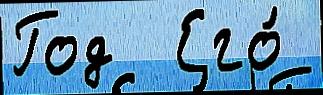
Год  Его́